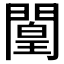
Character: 𲈮